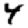
Digit: 4